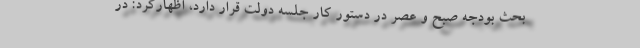
بحث بودجه صبح و عصر در دستور کار جلسه دولت قرار دارد، اظهارکرد: در